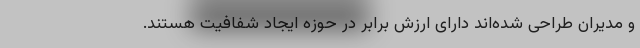
و مدیران طراحی شده‌اند دارای ارزش برابر در حوزه ایجاد شفافیت هستند.